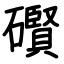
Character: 礥